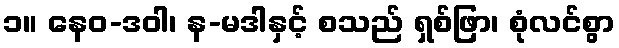
၁။ နေဝ-ဒဝါ၊ န-မဒါနှင့် စသည် ရှစ်ဖြာ၊ စုံလင်စွာ